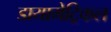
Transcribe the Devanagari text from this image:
डायामेट्रिकल